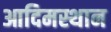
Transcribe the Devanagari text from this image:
आदिमस्थान